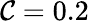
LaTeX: \mathcal{C}=0.2